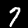
Digit: 7